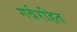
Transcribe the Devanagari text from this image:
गर्वरहित